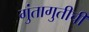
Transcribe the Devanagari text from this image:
गुंतागुतीची